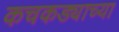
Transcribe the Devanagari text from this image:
कचकड्याच्या